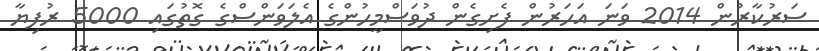
ސަރުކާރުން 2014 ވަނަ އަހަރުން ފެށިގެން ދުވަސްމީހުންގެ އެލަވަންސްގެ ގޮތުގައި 5000 ރުފިޔާ